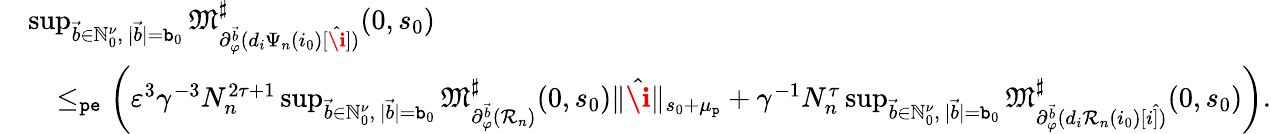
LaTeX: \begin{array}{rl}&{\operatorname*{sup}_{\vec{b}\in\mathbb{N}_{0}^{\nu},\ |\vec{b}|=\mathtt{b}_{0}}\mathfrak{M}_{\partial_{\varphi}^{\vec{b}}(d_{i}\Psi_{n}(i_{0})[\hat{\textbf{\i}}])}^{\sharp}(0,s_{0})}\\ &{\quad\le_{\mathtt{pe}}\left(\varepsilon^{3}\gamma^{-3}N_{n}^{2\tau+1}\operatorname*{sup}_{\vec{b}\in\mathbb{N}_{0}^{\nu},\ |\vec{b}|=\mathtt{b}_{0}}\mathfrak{M}_{\partial_{\varphi}^{\vec{b}}(\mathcal{R}_{n})}^{\sharp}(0,s_{0})\rVert\hat{\textbf{\i}}\rVert_{s_{0}+\mu_{\mathtt{p}}}+\gamma^{-1}N_{n}^{\tau}\operatorname*{sup}_{\vec{b}\in\mathbb{N}_{0}^{\nu},\ |\vec{b}|=\mathtt{b}_{0}}\mathfrak{M}_{\partial_{\varphi}^{\vec{b}}(d_{i}\mathcal{R}_{n}(i_{0})[i\hat{]})}^{\sharp}(0,s_{0})\right).}\end{array}